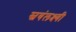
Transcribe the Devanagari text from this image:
स्वयंलक्ष्यी